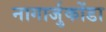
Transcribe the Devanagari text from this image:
नागार्जुकोंडा